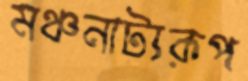
মঞ্চনাট্যরূপ